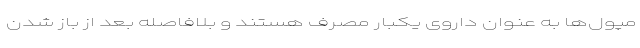
مپول‌ها به عنوان داروی یکبار مصرف هستند و بلافاصله بعد از باز شدن